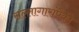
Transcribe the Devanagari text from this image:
सल्लागारांपैकी